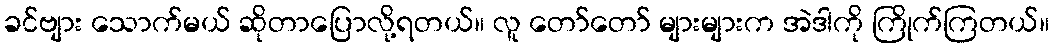
ခင်ဗျား သောက်မယ် ဆိုတာပြောလို့ရတယ်။ လူ တော်တော် များများက အဲဒါကို ကြိုက်ကြတယ်။